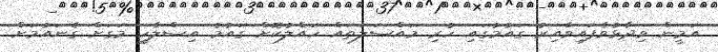
އަމީން ވިދާޅުވެފައިވާއިރު ގައުމުގައި ހުރި މައްސަލަތައް ހައްލުކޮށް ގައުމު އިސްލާހީ މަގަށް ގެނައުމަށް